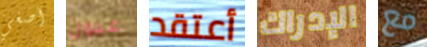
أصغي عيون أعتقد الإدراك مع